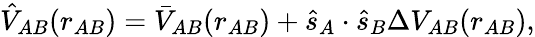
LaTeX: \begin{array}{r}{\hat{V}_{AB}(r_{AB})=\bar{V}_{AB}(r_{AB})+\hat{s}_{A}\cdot\hat{s}_{B}\Delta V_{AB}(r_{AB}),}\end{array}